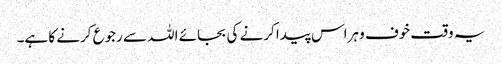
یہ وقت خوف و ہراس پیدا کرنے کی بجائے اللہ سے رجوع کرنے کا ہے۔